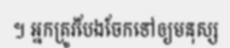
។ អ្នកត្រូវបែងចែកទៅឲ្យមនុស្ស